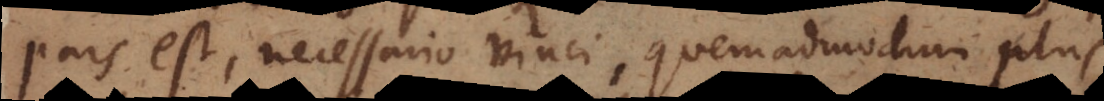
pars est, necessario vinci, quemadmodum plus